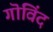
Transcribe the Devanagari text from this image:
गॊविंद